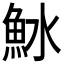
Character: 𬵆